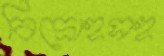
বিদ্রোহসহ